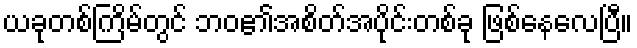
ယခုတစ်ကြိမ်တွင် ဘဝ၏အစိတ်အပိုင်းတစ်ခု ဖြစ်နေလေပြီ။